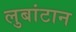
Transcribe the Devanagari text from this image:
लुबांटान